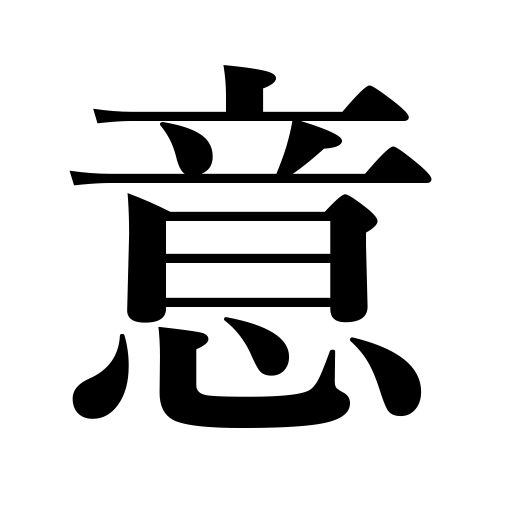
Meanings: thought,intention,mind,idea,liking,taste,inclination,will,care,heart,desire